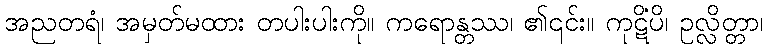
အညတရံ၊ အမှတ်မထား တပါးပါးကို။ ကရောန္တဿ၊ ၏၎င်း။ ကုဋိံပိ၊ ဥလ္လိတ္တာ၊